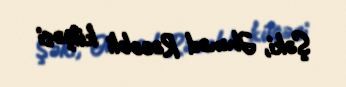
Şəki, Əhməd Rəcəbli küçəsi